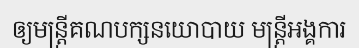
ឲ្យមន្ត្រីគណបក្សនយោបាយ មន្ត្រីអង្គការ